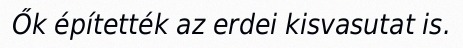
Ők építették az erdei kisvasutat is.